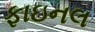
ફાઇનલ